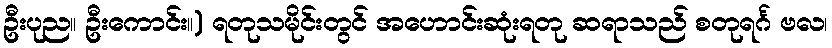
ဦးပုည။ ဦးကောင်း။) ရတုသမိုင်းတွင် အဟောင်းဆုံးရတု ဆရာသည် စတုရင်္ဂ ဗလ၊